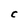
Character: C